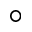
^ \circ